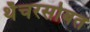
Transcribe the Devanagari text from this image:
थॅचरसोबत